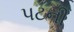
પટની